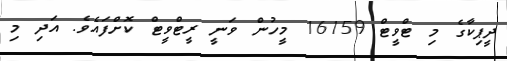
ދީޕިކާގެ މި ޓްވީޓް 16159 މީހުން ވަނީ ރީޓްވީޓް ކޮށްފައެވެ. އަދި މި